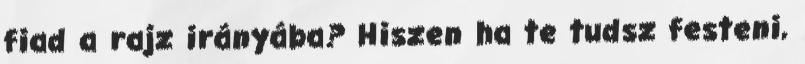
fiad a rajz irányába? Hiszen ha te tudsz festeni,